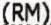
(RM)